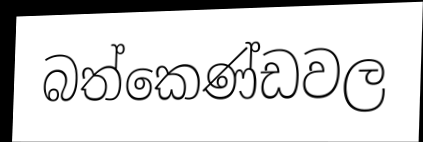
බත්කෙණ්ඩවල